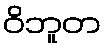
ဝိဘူတ